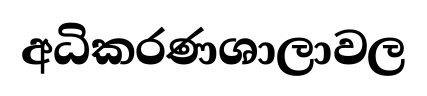
අධිකරණශාලාවල